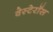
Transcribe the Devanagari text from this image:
वेस्टेरॉस